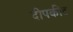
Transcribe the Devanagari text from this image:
दीपकीट